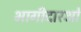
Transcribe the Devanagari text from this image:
भागीदारओं